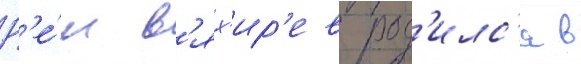
Р'е́м в'ях'ир'ев род'илс'я в